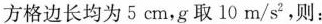
方格边长均为5cm，g取10m/s^{2}，则：